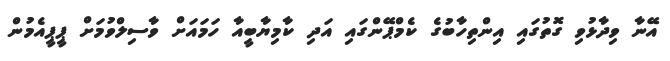
އޭނާ ވިދާޅުވި ގޮތުގައި އިންތިހާބުގެ ކެމްޕޭންގައި އަދި ކާމިޔާބީއާ ހަމައަށް ވާސިލްވުމަށް ޕީޕީއެމުން